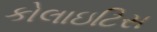
કોલાઇટિસ